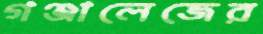
গঞ্জালেজের